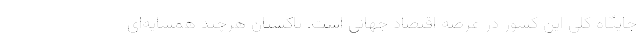
جایگاه کلی این کشور در عرصه اقتصاد جهانی است. پاکستان هرچند همسایه‌ای